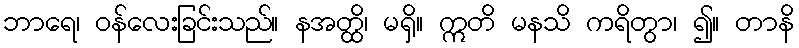
ဘာရေ၊ ဝန်လေးခြင်းသည်။ နအတ္ထိ၊ မရှိ။ ဣတိ မနသိ ကရိတွာ၊ ၍။ တာနိ